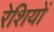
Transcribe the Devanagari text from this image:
रेशियों